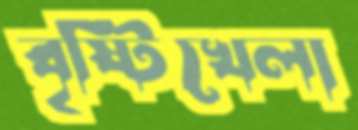
বৃষ্টিখেলা